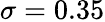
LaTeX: \sigma=0.35